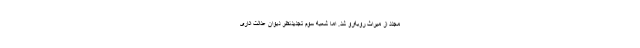
مجدد از میراث روبه‌رو شد. اما شعبه سوم تجدیدنظر دیوان عدالت اداری